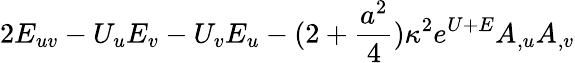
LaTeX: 2E_{uv}-U_{u}E_{v}-U_{v}E_{u}-(2+{\frac{a^{2}}{4}})\kappa^{2}e^{U+E}A_{,u}A_{,v}